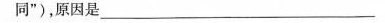
同”)，原因是______